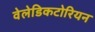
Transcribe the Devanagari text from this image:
वेलेडिकटोरियन